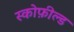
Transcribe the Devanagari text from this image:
स्कोफ़ील्ड